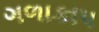
ગળાકાપ